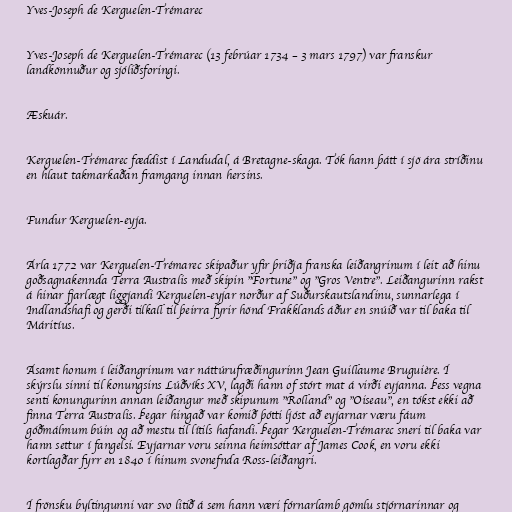
Yves-Joseph de Kerguelen-Trémarec

Yves-Joseph de Kerguelen-Trémarec (13 febrúar 1734 – 3 mars 1797) var franskur
landkönnuður og sjóliðsforingi.

Æskuár.

Kerguelen-Trémarec fæddist í Landudal, á Bretagne-skaga. Tók hann þátt í sjö ára stríðinu
en hlaut takmarkaðan framgang innan hersins.

Fundur Kerguelen-eyja.

Árla 1772 var Kerguelen-Trémarec skipaður yfir þriðja franska leiðangrinum í leit að hinu
goðsagnakennda Terra Australis með skipin "Fortune" og "Gros Ventre". Leiðangurinn rakst
á hinar fjarlægt liggjandi Kerguelen-eyjar norður af Suðurskautslandinu, sunnarlega í
Indlandshafi og gerði tilkall til þeirra fyrir hönd Frakklands áður en snúið var til baka til
Máritíus.

Ásamt honum í leiðangrinum var náttúrufræðingurinn Jean Guillaume Bruguière. Í
skýrslu sinni til konungsins Lúðvíks XV, lagði hann of stórt mat á virði eyjanna. Þess vegna
senti konungurinn annan leiðangur með skipunum "Rolland" og "Oiseau", en tókst ekki að
finna Terra Australis. Þegar hingað var komið þótti ljóst að eyjarnar væru fáum
góðmálmum búin og að mestu til lítils hafandi. Þegar Kerguelen-Trémarec sneri til baka var
hann settur í fangelsi. Eyjarnar voru seinna heimsóttar af James Cook, en voru ekki
kortlagðar fyrr en 1840 í hinum svonefnda Ross-leiðangri.

Í frönsku byltingunni var svo litið á sem hann væri fórnarlamb gömlu stjórnarinnar og